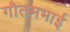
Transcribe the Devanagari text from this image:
गौतमभाई